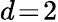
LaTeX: d\! =\! 2